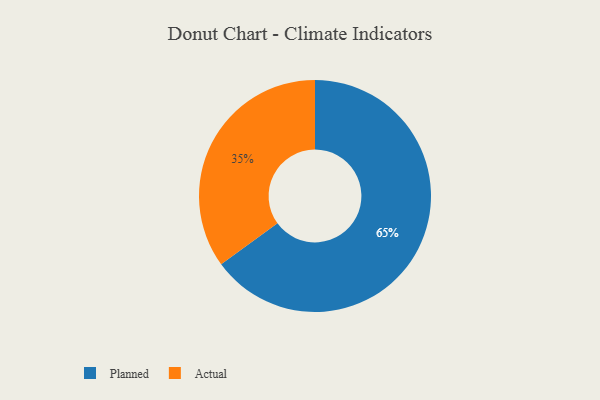
{"axis": {"x": "Category", "y": "Percentage"}, "legend": ["Actual", "Planned"], "data": [{"x": "Actual", "y": 35, "type": "Actual"}, {"x": "Planned", "y": 65, "type": "Planned"}]}